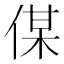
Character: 𠋦